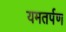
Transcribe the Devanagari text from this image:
यमतर्पण